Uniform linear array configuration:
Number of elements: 12
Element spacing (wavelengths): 0.75
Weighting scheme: hann
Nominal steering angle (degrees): -15
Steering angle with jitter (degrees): -16.776
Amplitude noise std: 0.05
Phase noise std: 0.05

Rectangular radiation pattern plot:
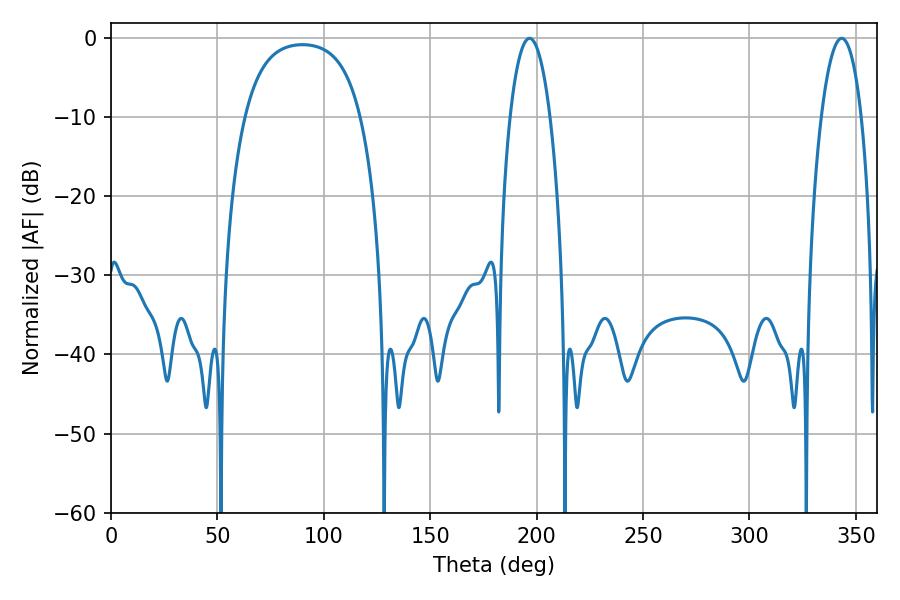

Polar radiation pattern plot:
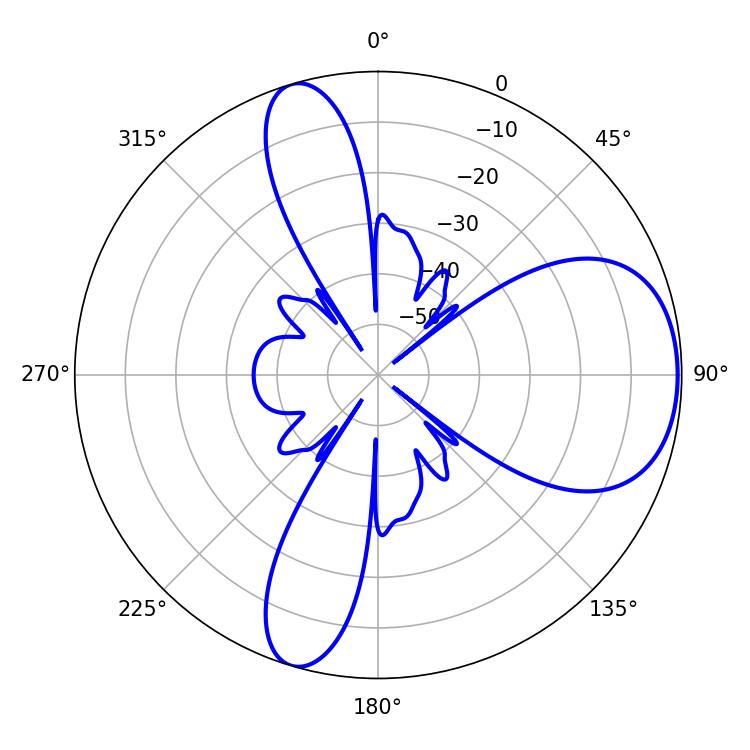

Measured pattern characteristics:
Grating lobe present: TRUE
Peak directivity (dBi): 6.87
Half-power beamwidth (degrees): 10.44
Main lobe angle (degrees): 196.74